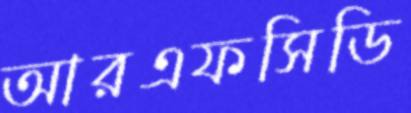
আরএফসিডি